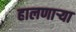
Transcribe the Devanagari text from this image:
हालणार्‍या